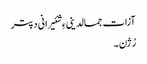
آزات جمالدینی ءِ شئیرانی دپتر
رُژن ۔